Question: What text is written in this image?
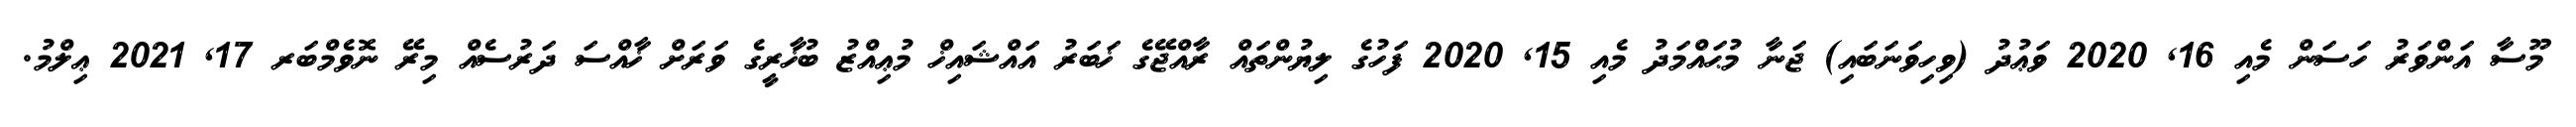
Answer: މޫސާ އަންވަރު ހަސަން މެއި 16, 2020 ވަޢުދު (ވިހިވަނަބައި) ޖަނާ މުޙައްމަދު މެއި 15, 2020 ފަހުގެ ލިޔުންތައް ރާއްޖޭގެ ޚަބަރު އައްޝައިޚް މުޢިއްޒު ބުޚާރީގެ ވަރަށް ޚާއްސަ ދަރުސެއް މިރޭ ނޮވެމްބަރ 17, 2021 ޢިލްމު.